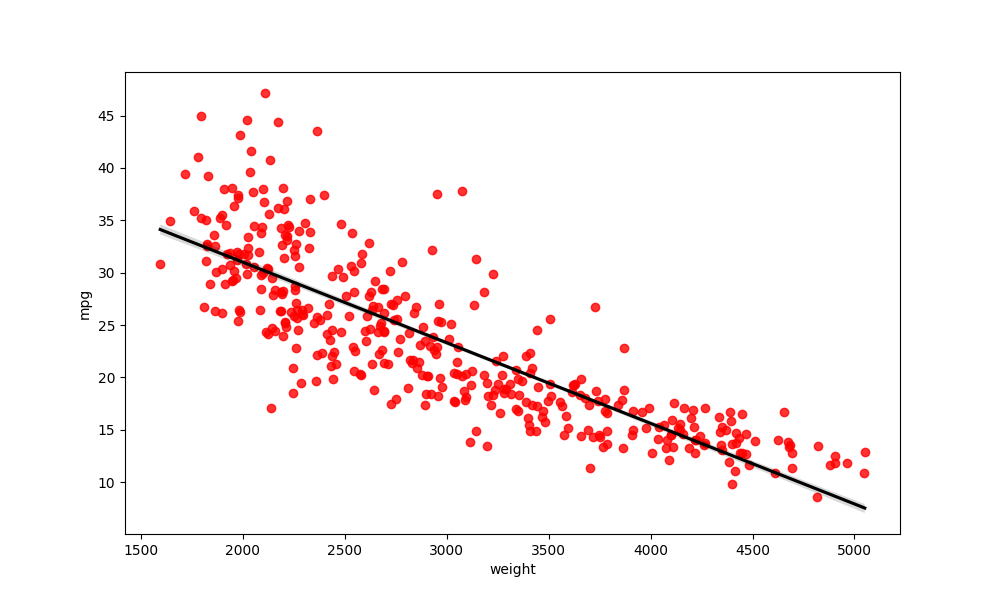
python, seaborn, regplot, order=1, ci=68, scatter_color=red, line_color=black